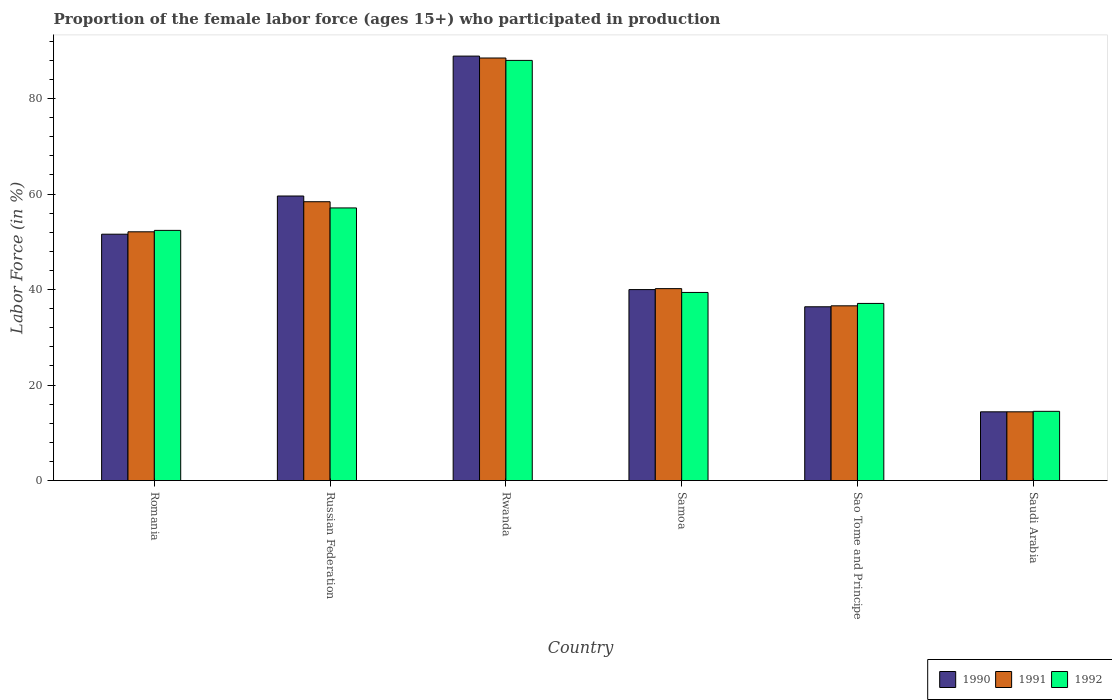
| Country | 1990 | 1991 | 1992 |
 | --- | --- | --- | --- |
 | Romania | 51.6 | 52.1 | 52.4 |
 | Russian Federation | 59.6 | 58.4 | 57.1 |
 | Rwanda | 88.9 | 88.5 | 88 |
 | Samoa | 40 | 40.2 | 39.4 |
 | Sao Tome and Principe | 36.4 | 36.6 | 37.1 |
 | Saudi Arabia | 14.4 | 14.4 | 14.5 |